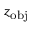
z _ { \mathrm { o b j } }